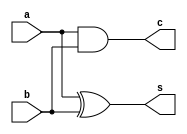
module HalfAdder(s, c, a, b);
 input a, b;
 output s, c;
 reg s, c;

 always @ (a or b)
    #3 s = a ^ b;
 
  always @ (a or b)
    #2 c = a & b;

endmodule